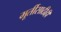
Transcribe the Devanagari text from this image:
मूर्तीसाठीही